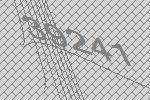
39241